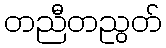
တညီတညွတ်